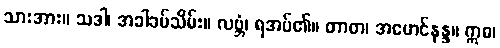
သားအား။ သဒါ၊ အခါခပ်သိမ်း။ လဗ္ဘံ၊ ရအပ်၏။ တာတ၊ အမောင်နန္ဒ။ ဣဓ၊